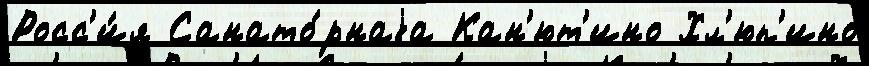
Росс'и́я Санато́рнаjа Кан'ют'ино Хл'юп'ино